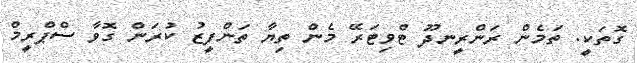
ގޮތަކީ. ތަމެން ރަންރީނދޫ ޓްވިޓަރޭ މެން ތިޔާ ތަންފީޒު ކުރަން ގޮވާ ސްޕްރީމް